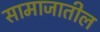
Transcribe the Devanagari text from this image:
सामाजातील